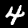
Label: 4